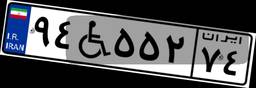
۹۴W۵۵۲۷۴